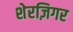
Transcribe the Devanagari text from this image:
शेरज़िगर